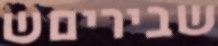
שביריםש